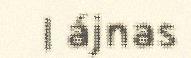
l ájnas